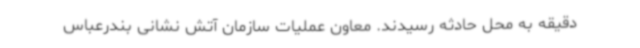
دقیقه به محل حادثه رسیدند. معاون عملیات سازمان آتش نشانی بندرعباس